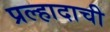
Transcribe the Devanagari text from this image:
प्रल्हादाची